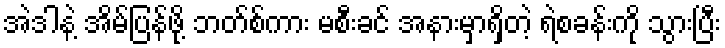
အဲဒါနဲ့ အိမ်ပြန်ဖို့ ဘတ်စ်ကား မစီးခင် အနားမှာရှိတဲ့ ရဲစခန်းကို သွားပြီး